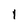
Character: 1